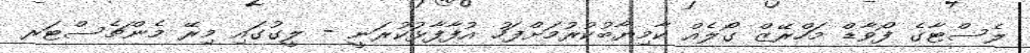
ލެސްޓާގެ ފޯވާޑް މަހްރޭޒް ގޯލެއް ކާމިޔާބުކުރުމަށްފަހު އުފާފާޅުކުރަނީ - ލީގުގައި މިރޭ މެންޗެސްޓަރ